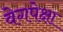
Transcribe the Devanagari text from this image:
वेगपेक्षा